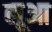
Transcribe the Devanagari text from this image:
लूआ